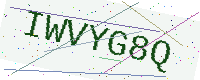
Text: IWVYG8Q